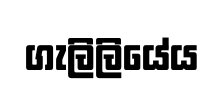
ගැලිලියේය